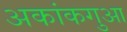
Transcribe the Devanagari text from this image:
अकांकगुआ